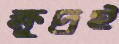
ক্ষুদ্রই